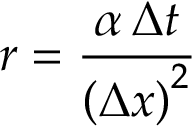
r = { \frac { \alpha \, \Delta t } { \left( \Delta x \right) ^ { 2 } } }